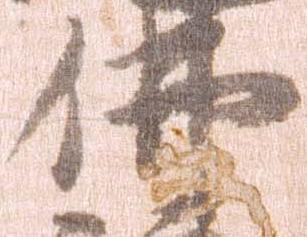
仏